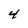
Character: 4